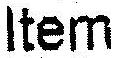
ITEM